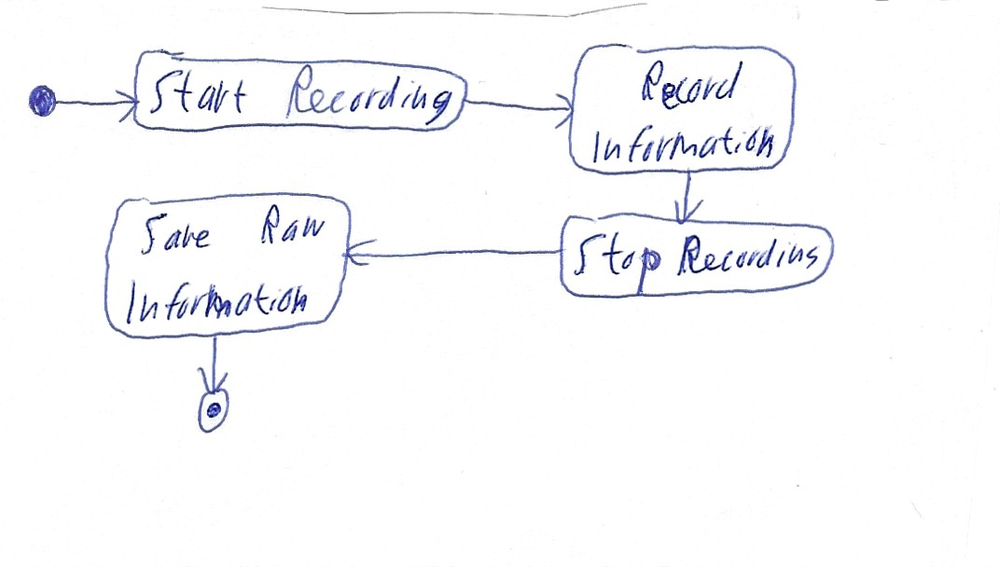
Diagram type: activity_diagram
```plantuml
@startuml

start

:Start Recording;

:Record Information;

:Stop Recording;

:Save Raw Information;

stop

@enduml
```